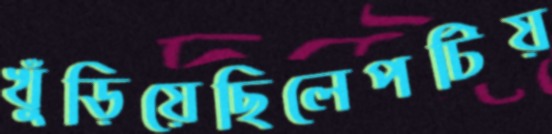
খুঁড়িয়েছিলেপটিয়